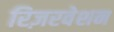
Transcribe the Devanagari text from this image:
रिज़रवेशन